Civil Veterinary Dept. Bombay admin report 1907-1913 - 1907-1913
Year: 1907
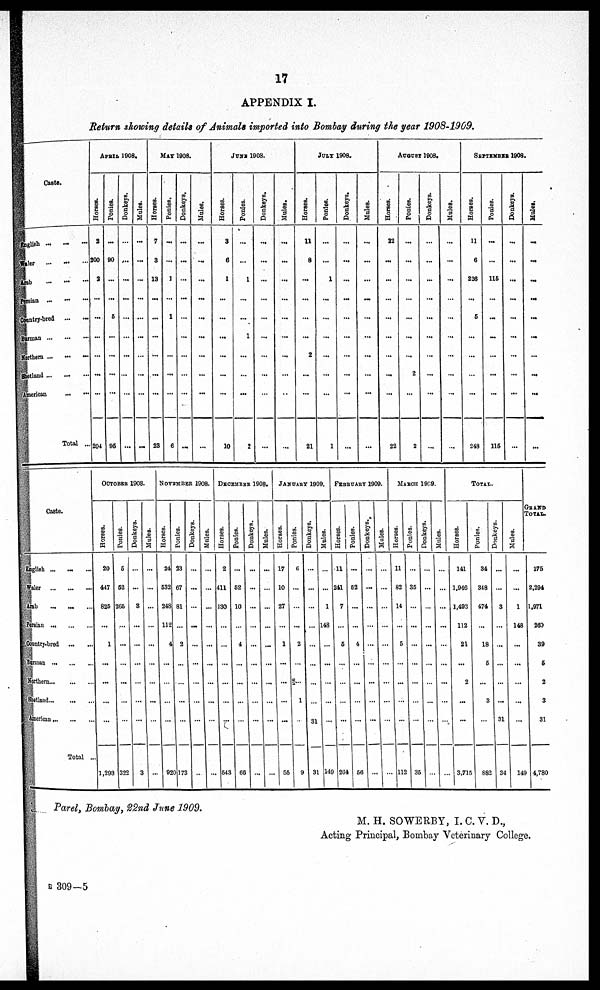
17
APPENDIX I.
Return showing details of Animals imported into Bombay during the year 1908-1909.
Caste.
English ... ... ...
Waler ... ... ...
Arab
...
...
...
Persian
...
...
...
Country-bred ... ...
Burman
...
...
...
Northern ... ... ...
Shetland
...
...
...
American ... ...
Total ...
APRIL 1908.
Horses.
2
200
2
...
...
...
...
...
...
204
Ponies.
...
90
...
...
6
...
...
...
...
95
Donkeys.
...
...
...
...
...
...
...
...
...
...
Mules.
...
...
...
...
...
...
...
...
...
...
MAY 1908.
Horses.
7
3
13
...
...
...
...
...
...
23
Ponies.
...
...
1
...
1
...
...
...
...
6
Donkeys.
...
...
...
...
...
...
...
...
...
...
Mules.
...
...
...
...
...
...
...
...
...
...
JUNE 1908.
Horses.
3
6
1
...
...
...
...
...
...
10
Ponies.
...
...
1
...
...
1
...
...
...
2
Donkeys.
...
...
...
...
...
...
...
...
...
...
Mules.
...
...
...
...
...
...
...
...
...
...
JULY 1908.
Horses.
11
8
...
...
...
...
2
...
...
21
Ponies.
...
...
1
...
...
...
...
...
...
1
Donkeys.
...
...
...
...
...
...
...
...
...
...
Mules.
...
...
...
...
...
...
...
...
...
...
AUGUST 1908.
Horses.
22
...
...
...
...
...
...
...
...
22
Ponies.
...
...
...
...
...
...
...
2
...
2
Donkeys.
...
...
...
...
...
...
...
...
...
...
Mules.
...
...
...
...
...
...
...
...
...
...
SEPTEMBER1908.
Horses.
11
6
226
...
5
...
...
...
...
248
Ponies.
...
...
116
...
...
...
...
...
...
115
Donkeys.
...
...
...
...
...
...
...
...
...
...
Mules.
...
...
...
...
...
...
...
...
...
...
Caste.
English ...
... ...
Waler
...
...
...
Arab
...
...
...
Persian
...
...
...
Country-bred
...
...
Burman
...
...
...
Northern
...
...
...
Shetland
...
...
...
American
...
...
...
Total ...
OCTOMBER 1908.
Horses.
20
447
825
...
1
...
...
...
...
1,293
Ponies.
5
52
265
...
...
...
...
...
...
322
Donkeys.
...
...
3
...
...
...
...
...
...
3
Mules.
...
...
...
...
...
...
...
...
...
...
NOVEMBER 1908.
Horses.
24
532
248
112
4
...
...
...
...
920
Ponies.
23
67
81
...
2
...
...
...
...
173
Donkeys.
...
...
...
...
...
...
...
...
...
...
Mules.
...
...
...
...
...
...
...
...
...
...
DECEMBER 1908.
Horses.
2
411
130
...
...
...
...
...
...
543
Ponies.
...
52
10
...
4
...
...
...
...
66
Donkeys.
...
...
...
...
...
...
...
...
...
...
Mules.
...
...
...
...
...
...
...
...
...
...
JANUARY 1909.
Horses.
17
10
27
...
1
...
...
...
...
55
Ponies.
6
...
...
...
2
...
...
1
...
9
Donkeys.
...
...
...
...
...
...
...
...
31
31
Mules.
...
...
1
148
...
...
...
...
...
149
FEBRUARY1909.
Horses.
11
241
7
...
6
...
...
...
...
204
Ponies.
...
52
...
...
4
...
...
...
...
56
Donkeys.
...
...
...
...
...
...
...
...
...
...
Mules.
...
...
...
...
...
...
...
...
...
...
MARCH1969.
Horses.
...
82
14
...
5
...
...
...
...
112
Ponies.
...
35
...
...
...
...
...
...
...
35
Donkeys.
...
...
...
...
...
...
...
...
...
...
Mules.
...
...
...
...
...
...
...
...
...
...
TOTAL,
Horses.
141
1,946
1,493
112
21
...
2
...
...
3,715
Ponies.
34
348
474
...
18
5
...
3
...
882
Donkeys.
...
...
3
...
...
...
...
...
31
34
Mules.
...
...
1
143
...
...
...
...
...
14
GRAND
TOTAL
175
2,294
1.971
260
39
5
2
3
31
9 4,780
Parel, Bombay, 22nd June 1909.
M. H. SOWERBY, I. C. V. D.,
Acting Principal, Bombay Veterinary College.
B 309—5